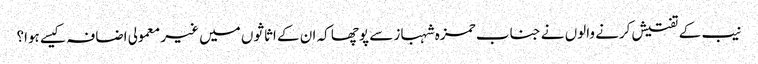
نیب کے تفتیش کرنے والوں نے جناب حمزہ شہباز سے پوچھا کہ ان کے اثاثوں میں غیر معمولی اضافہ کیسے ہوا؟